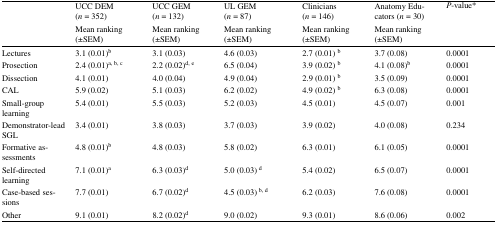
| <ROWSPAN=2>  | UCC DEM(n = 352) | UCC GEM(n = 132) | UL GEM(n = 87) | Clinicians(n = 146) | Anatomy Educators (n = 30) | <ROWSPAN=2> P-value* |
 | Mean ranking(±SEM) | Mean ranking(±SEM) | Mean ranking(±SEM) | Mean ranking(±SEM) | Mean ranking(±SEM) |
 | --- | --- | --- | --- | --- | --- | --- |
 | Lectures | 3.1 (0.01)b | 3.1 (0.03) | 4.6 (0.03) | 2.7 (0.01) b | 3.7 (0.08) | 0.0001 |
 | Prosection | 2.4 (0.01)a, b, c | 2.2 (0.02)d, e | 6.5 (0.04) | 3.9 (0.02) b | 4.1 (0.08)b | 0.0001 |
 | Dissection | 4.1 (0.01) | 4.0 (0.04) | 4.9 (0.04) | 2.9 (0.01) b | 3.5 (0.09) | 0.0001 |
 | CAL | 5.9 (0.02) | 5.1 (0.03) | 6.2 (0.02) | 4.9 (0.02) b | 6.3 (0.08) | 0.0001 |
 | Small-group learning | 5.4 (0.01) | 5.5 (0.03) | 5.2 (0.03) | 4.5 (0.01) | 4.5 (0.07) | 0.001 |
 | Demonstrator-lead SGL | 3.4 (0.01) | 3.8 (0.03) | 3.7 (0.03) | 3.9 (0.02) | 4.0 (0.08) | 0.234 |
 | Formative assessments | 4.8 (0.01)b | 4.8 (0.03) | 5.8 (0.02) | 6.3 (0.01) | 6.1 (0.05) | 0.0001 |
 | Self-directed learning | 7.1 (0.01)a | 6.3 (0.03)d | 5.0 (0.03) d | 5.4 (0.02) | 6.5 (0.07) | 0.0001 |
 | Case-based sessions | 7.7 (0.01) | 6.7 (0.02)d | 4.5 (0.03) b, d | 6.2 (0.03) | 7.6 (0.08) | 0.0001 |
 | Other | 9.1 (0.01) | 8.2 (0.02)d | 9.0 (0.02) | 9.3 (0.01) | 8.6 (0.06) | 0.002 |